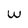
Character: w